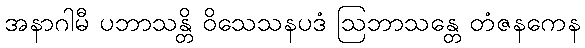
အနာဂါမီ ပဘာသန္တိ ဝိသေသနပဒံ ဩဘာသန္တေ တံဇနကေန